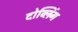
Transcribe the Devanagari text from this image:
दोव्लिंग